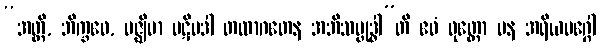
“အတ္ထိ, ဘိက္ခဝေ, မဇ္ဈိမာ ပဋိပဒါ တထာဂတေန အဘိသမ္ဗုဒ္ဓါ”တိ ဧဝံ ဝုတ္တော ပန အရိယမဂ္ဂေါ